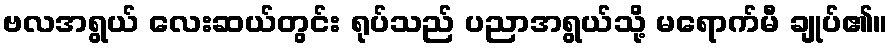
ဗလအရွယ် လေးဆယ်တွင်း ရုပ်သည် ပညာအရွယ်သို့ မရောက်မီ ချုပ်၏။